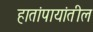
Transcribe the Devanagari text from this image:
हातांपायांतील